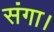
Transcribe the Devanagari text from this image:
संगा।